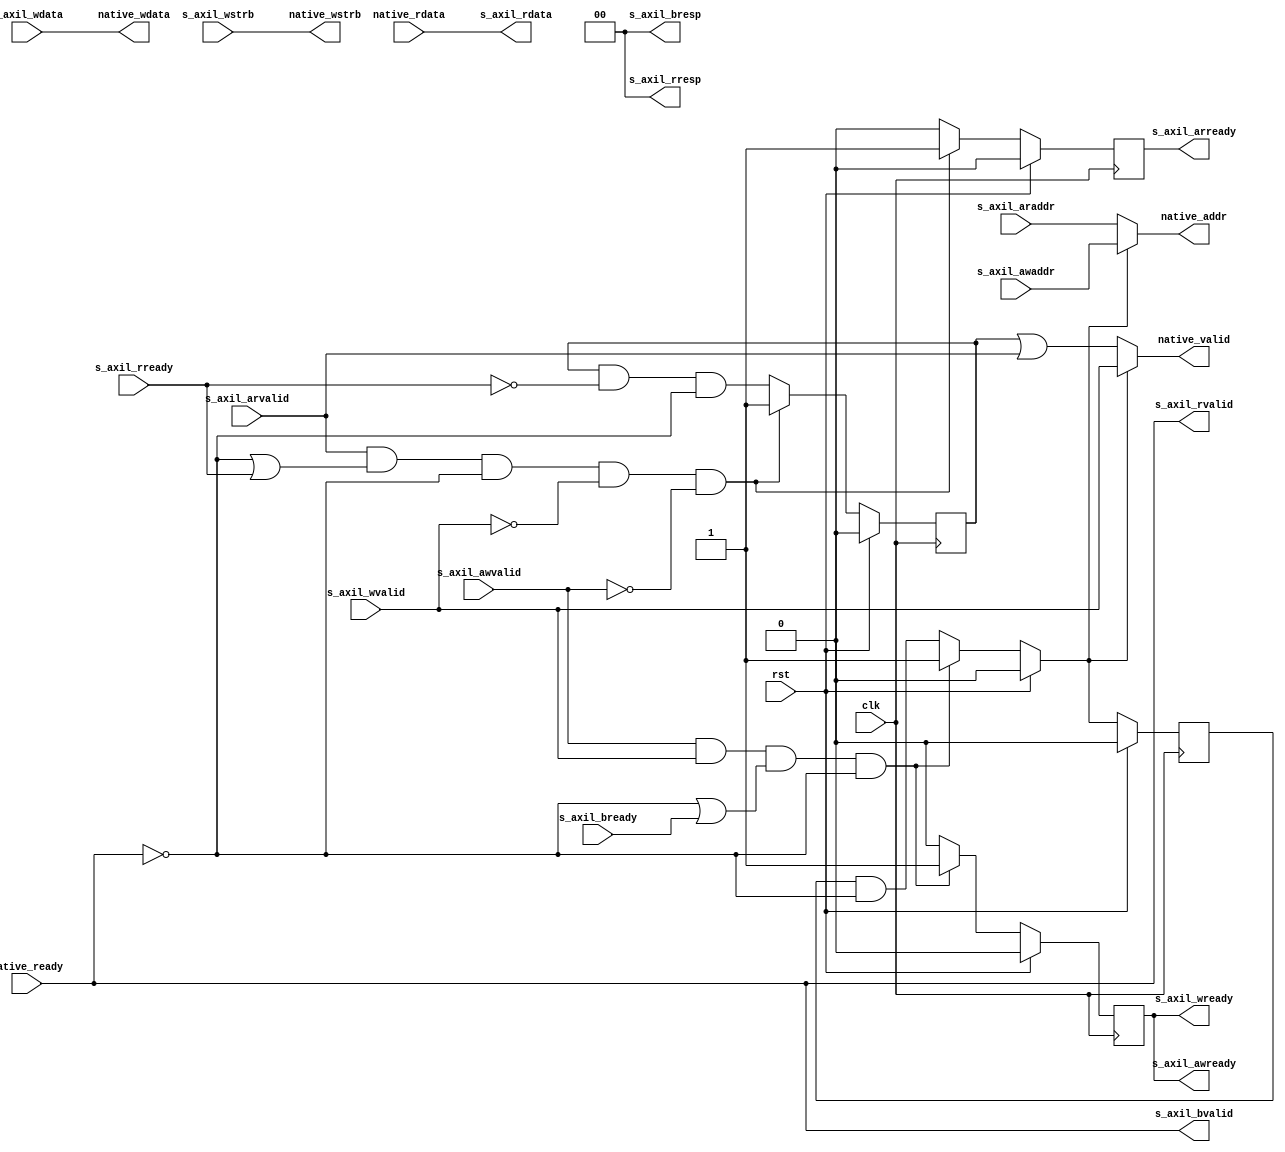
/*

Copyright (c) 2018 Alex Forencich

Permission is hereby granted, free of charge, to any person obtaining a copy
of this software and associated documentation files (the "Software"), to deal
in the Software without restriction, including without limitation the rights
to use, copy, modify, merge, publish, distribute, sublicense, and/or sell
copies of the Software, and to permit persons to whom the Software is
furnished to do so, subject to the following conditions:

The above copyright notice and this permission notice shall be included in
all copies or substantial portions of the Software.

THE SOFTWARE IS PROVIDED "AS IS", WITHOUT WARRANTY OF ANY KIND, EXPRESS OR
IMPLIED, INCLUDING BUT NOT LIMITED TO THE WARRANTIES OF MERCHANTABILITY
FITNESS FOR A PARTICULAR PURPOSE AND NONINFRINGEMENT. IN NO EVENT SHALL THE
AUTHORS OR COPYRIGHT HOLDERS BE LIABLE FOR ANY CLAIM, DAMAGES OR OTHER
LIABILITY, WHETHER IN AN ACTION OF CONTRACT, TORT OR OTHERWISE, ARISING FROM,
OUT OF OR IN CONNECTION WITH THE SOFTWARE OR THE USE OR OTHER DEALINGS IN
THE SOFTWARE.

*/

// Language: Verilog 2001

`timescale 1ns / 1ps

/*
 * AXI4-Lite RAM
 */
module axil2native_adapter #
  (
   // Width of data bus in bits
   parameter DATA_WIDTH = 32,
   // Width of address bus in bits
   parameter ADDR_WIDTH = 32,
   // Width of wstrb (width of data bus in words)
   parameter STRB_WIDTH = (DATA_WIDTH/8)
   )
   (
    input 		    clk,
    input 		    rst,
    
    // AXI4-lite slave interface
    input [ADDR_WIDTH-1:0]  s_axil_awaddr,
    input 		    s_axil_awvalid,
    output 		    s_axil_awready,
    
    input [DATA_WIDTH-1:0]  s_axil_wdata,
    input [STRB_WIDTH-1:0]  s_axil_wstrb,
    input 		    s_axil_wvalid,
    output 		    s_axil_wready,
    
    output [1:0] 	    s_axil_bresp,
    output 		    s_axil_bvalid,
    input 		    s_axil_bready,
    
    input [ADDR_WIDTH-1:0]  s_axil_araddr,
    input 		    s_axil_arvalid,
    output 		    s_axil_arready,
    
    output [DATA_WIDTH-1:0] s_axil_rdata,
    output [1:0] 	    s_axil_rresp,
    output 		    s_axil_rvalid,
    input 		    s_axil_rready,
    
    // Native interface
    output 		    native_valid,
    input 		    native_ready,
    output [ADDR_WIDTH-1:0] native_addr,
    output [DATA_WIDTH-1:0] native_wdata,
    output [STRB_WIDTH-1:0] native_wstrb,
    input [DATA_WIDTH-1:0]  native_rdata 
    );
   
   reg 			    wr_en;
   reg 			    wr_en_reg;
   
   reg 			    s_axil_wready_reg;
   reg 			    s_axil_arready_reg;
   reg 			    s_axil_rvalid_reg;

   reg 			    native_valid_reg;
   reg [ADDR_WIDTH-1:0]     native_addr_reg;

   reg 			    s_axil_wready_next;
   reg 			    s_axil_arready_next;
   reg [DATA_WIDTH-1:0]     s_axil_rdata_next;
   reg 			    s_axil_rvalid_next;

   assign s_axil_awready = s_axil_wready_reg;
   assign s_axil_wready = s_axil_wready_reg;
   assign s_axil_bresp = 2'b00;
   assign s_axil_bvalid = native_ready;
   assign s_axil_arready = s_axil_arready_reg;
   assign s_axil_rdata = native_rdata;
   assign s_axil_rresp = 2'b00;
   assign s_axil_rvalid = native_ready;

   assign native_valid = native_valid_reg;
   assign native_addr = native_addr_reg;
   assign native_wdata = s_axil_wdata;
   assign native_wstrb = s_axil_wstrb;
   
   //WRITE
   always @* begin
      wr_en = wr_en_reg && !native_ready;
      
      s_axil_wready_next = 1'b0;

      if (rst) begin
	 wr_en = 1'b0;
      end
      
      else if (s_axil_awvalid && s_axil_wvalid && (!s_axil_bvalid || s_axil_bready) && (!native_ready)) begin
         s_axil_wready_next = 1'b1;
	 
	 wr_en = 1'b1;
      end
   end
   
   always @(posedge clk) begin
      if (rst) begin
         s_axil_wready_reg <= 1'b0;
	 wr_en_reg <= 1'b0;
      end else begin
         s_axil_wready_reg <= s_axil_wready_next;
	 wr_en_reg <= wr_en;
      end
   end

   //READ
   always @* begin
      s_axil_arready_next = 1'b0;
      s_axil_rvalid_next = s_axil_rvalid_reg && !s_axil_rready && !native_ready;

      if (rst) begin
	 s_axil_rvalid_next = 1'b0;
      end
      
      else if (s_axil_arvalid && (!s_axil_rvalid || s_axil_rready) && !native_ready && !s_axil_wvalid && !s_axil_awvalid) begin
         s_axil_arready_next = 1'b1;
         s_axil_rvalid_next = 1'b1;
      end
   end
   
   always @(posedge clk) begin
    if (rst) begin
       s_axil_arready_reg <= 1'b0;
       s_axil_rvalid_reg <= 1'b0;
    end else begin
       s_axil_arready_reg <= s_axil_arready_next;
       s_axil_rvalid_reg <= s_axil_rvalid_next;
    end
   end // always @ (posedge clk)

   //ADDRESS/VALID MUX
   always @ * begin
      native_addr_reg <= {ADDR_WIDTH{1'b0}};
      native_valid_reg <= 1'b0;
      if (wr_en) begin
	 native_addr_reg <= s_axil_awaddr;
	 native_valid_reg <= s_axil_wvalid;
      end
      else begin
	native_valid_reg <= s_axil_rvalid_reg | s_axil_arvalid;
	native_addr_reg <= s_axil_araddr;
      end
   end // always @ (posedge clk)
   
endmodule